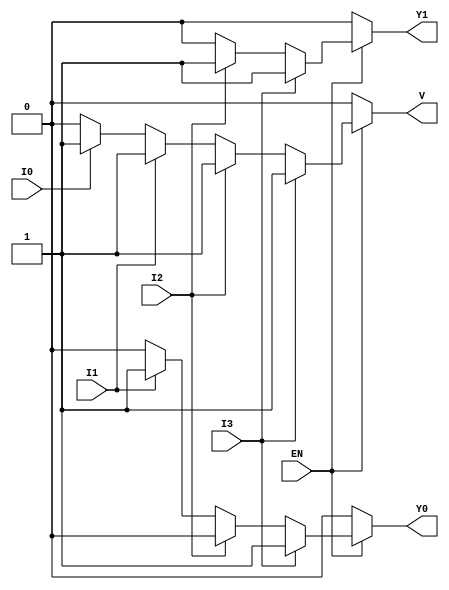
module encoder_4to2 (
    input wire I3,   // Input 3 (highest priority)
    input wire I2,   // Input 2
    input wire I1,   // Input 1
    input wire I0,   // Input 0 (lowest priority)
    input wire EN,   // Enable signal
    output reg Y1,   // Output 1
    output reg Y0,   // Output 0
    output reg V     // Valid signal
);

always @(*) begin
    // Default outputs
    Y1 = 1'b0;
    Y0 = 1'b0;
    V = 1'b0;
    
    if (EN) begin
        if (I3) begin
            Y1 = 1'b1;
            Y0 = 1'b1;
            V = 1'b1; // Valid output
        end else if (I2) begin
            Y1 = 1'b1;
            Y0 = 1'b0;
            V = 1'b1; // Valid output
        end else if (I1) begin
            Y1 = 1'b0;
            Y0 = 1'b1;
            V = 1'b1; // Valid output
        end else if (I0) begin
            Y1 = 1'b0;
            Y0 = 1'b0;
            V = 1'b1; // Valid output
        end
        // If no inputs are active, outputs remain at default (0,0) and V remains 0.
    end
end

endmodule